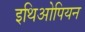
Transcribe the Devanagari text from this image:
इथिओपियन